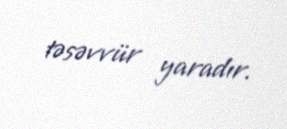
təsəvvür yaradır.